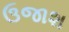
ઉજાશ